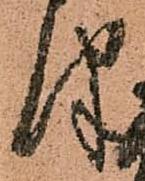
報